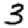
Digit: 3